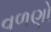
વળણો